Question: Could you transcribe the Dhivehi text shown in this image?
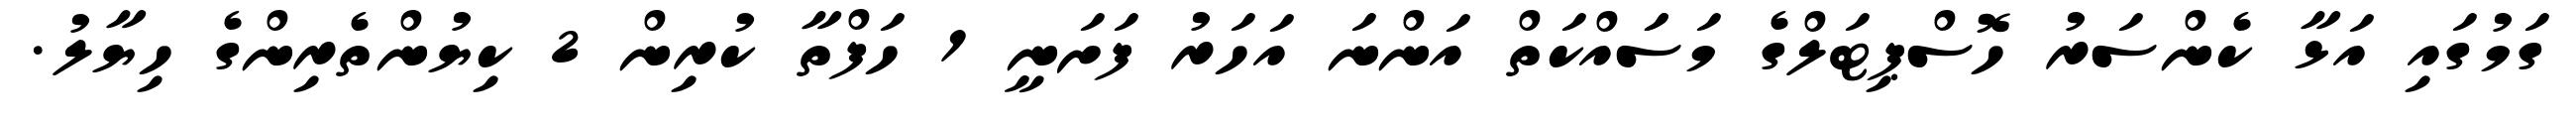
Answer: ގަމުގައި އަޅާ ކެންސަރު ހޮސްޕިޓަލްގެ މަސަައްކަތް އަންނަ އަހަރު ފަށަނީ 1 ހަފްތާ ކުރިން 2 ކިޔުންތެރިންގެ ހިޔާލު.